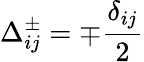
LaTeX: \Delta_{ij}^{\pm}=\mp\frac{\delta_{ij}}{2}